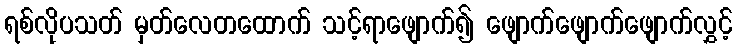
ရစ်လိုပသတ် မှတ်လေတထောက် သင့်ရာဖျောက်၍ ဖျောက်ဖျောက်ဖျောက်လွှင့်